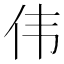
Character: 伟